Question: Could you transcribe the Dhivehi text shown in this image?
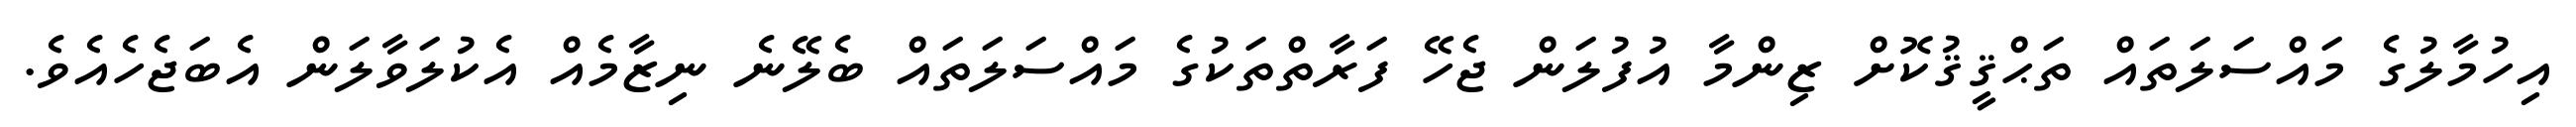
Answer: އިހުމާލުގެ މައްސަލަތައް ތަޙްޤީޤުކޮށް ޒިންމާ އުފުލަން ޖެހޭ ފަރާތްތަކުގެ މައްސަލަތައް ބެލޭނެ ނިޒާމެއް އެކުލަވާލަން އެބަޖެހެއެވެ.